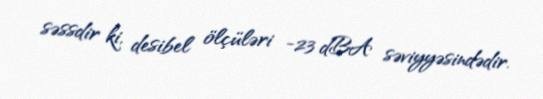
səssdir ki, desibel ölçüləri -23 dBA səviyyəsindədir.